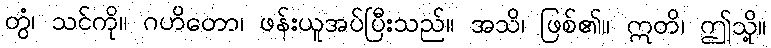
တွံ၊ သင်ကို။ ဂဟိတော၊ ဖန်းယူအပ်ပြီးသည်။ အသိ၊ ဖြစ်၏။ ဣတိ၊ ဤသို့။